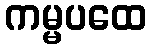
ကမ္မပထေ